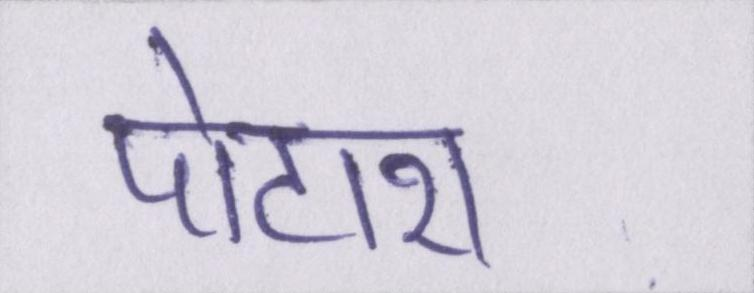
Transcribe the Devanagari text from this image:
पोटाश